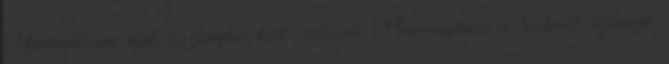
Hamarosan első osztályba kell íratniuk Amennyiben a hírlevél szövege